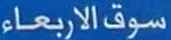
سوقالاربعاء